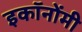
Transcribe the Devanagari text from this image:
इकॉनोंमी